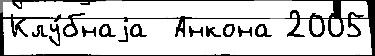
Клу́бнаjа  Анкона 2005